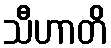
သီဟာတိ